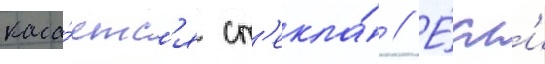
каса́етс'я ст'екла́ // Е́сл'и